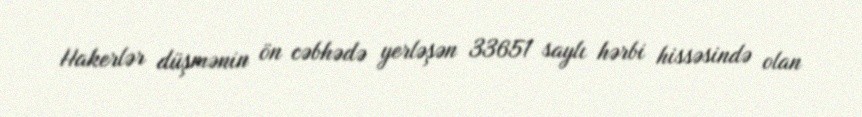
Hakerlər düşmənin ön cəbhədə yerləşən 33651 saylı hərbi hissəsində olan